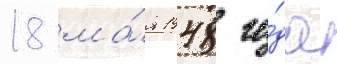
18 ма́я 1948 го́да